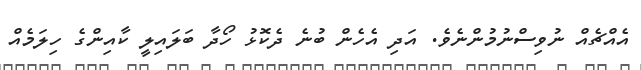
އެއްޗެއް ނުވިސްނުމުންނެވެ. އަދި އެހެން ބުނެ ދެކޮޅު ހޯދާ ބަލައިލީ ކާއިންގެ ހިލަމެއް